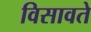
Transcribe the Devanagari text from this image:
विसावते